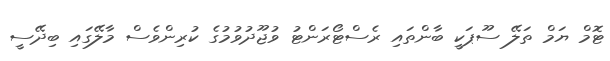
ޓޮމް ޔަމް ތަލޭ ސޫޕަކީ ބާންތައި ރެސްޓޯރަންޓު ވުޖޫދުވުމުގެ ކުރިންވެސް މާލޭގައި ބިދޭސީ